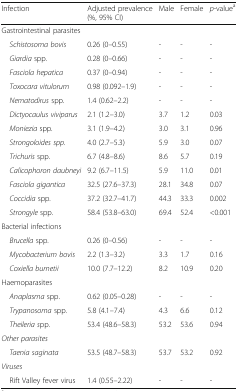
<table><thead><tr><td><b>Infection</b></td><td><b>Adjusted prevalence(%, 95% CI)</b></td><td><b>Male</b></td><td><b>Female</b></td><td><b><i>p</i>-value<sup>a</sup></b></td></tr></thead><tbody><tr><td colspan="5">Gastrointestinal parasites</td></tr><tr><td> <i>Schistosoma bovis</i></td><td>0.26 (0–0.55)</td><td>-</td><td>-</td><td>-</td></tr><tr><td> <i>Giardia</i> spp.</td><td>0.28 (0–0.66)</td><td>-</td><td>-</td><td>-</td></tr><tr><td> <i>Fasciola hepatica</i></td><td>0.37 (0–0.94)</td><td>-</td><td>-</td><td>-</td></tr><tr><td> <i>Toxocara vitulorum</i></td><td>0.98 (0.092–1.9)</td><td>-</td><td>-</td><td>-</td></tr><tr><td> <i>Nematodirus</i> spp.</td><td>1.4 (0.62–2.2)</td><td>-</td><td>-</td><td>-</td></tr><tr><td> <i>Dictyocaulus viviparus</i></td><td>2.1 (1.2–3.0)</td><td>3.7</td><td>1.2</td><td>0.03</td></tr><tr><td> <i>Moniezia</i> spp.</td><td>3.1 (1.9–4.2)</td><td>3.0</td><td>3.1</td><td>0.96</td></tr><tr><td> <i>Strongoloides spp.</i></td><td>4.0 (2.7–5.3)</td><td>5.9</td><td>3.0</td><td>0.07</td></tr><tr><td> <i>Trichuris</i> spp.</td><td>6.7 (4.8–8.6)</td><td>8.6</td><td>5.7</td><td>0.19</td></tr><tr><td> <i>Calicophoron daubneyi</i></td><td>9.2 (6.7–11.5)</td><td>5.9</td><td>11.0</td><td>0.01</td></tr><tr><td> <i>Fasciola gigantica</i></td><td>32.5 (27.6–37.3)</td><td>28.1</td><td>34.8</td><td>0.07</td></tr><tr><td> <i>Coccidia</i> spp.</td><td>37.2 (32.7–41.7)</td><td>44.3</td><td>33.3</td><td>0.002</td></tr><tr><td> <i>Strongyle</i> spp.</td><td>58.4 (53.8–63.0)</td><td>69.4</td><td>52.4</td><td>&lt;0.001</td></tr><tr><td colspan="5">Bacterial infections</td></tr><tr><td> <i>Brucella</i> spp.</td><td>0.26 (0–0.56)</td><td>-</td><td>-</td><td>-</td></tr><tr><td> <i>Mycobacterium bovis</i></td><td>2.2 (1.3–3.2)</td><td>3.3</td><td>1.7</td><td>0.16</td></tr><tr><td> <i>Coxiella burnetii</i></td><td>10.0 (7.7–12.2)</td><td>8.2</td><td>10.9</td><td>0.20</td></tr><tr><td colspan="5">Haemoparasites</td></tr><tr><td> <i>Anaplasma</i> spp.</td><td>0.62 (0.05–0.28)</td><td>-</td><td>-</td><td>-</td></tr><tr><td> <i>Trypanosoma</i> spp.</td><td>5.8 (4.1–7.4)</td><td>4.3</td><td>6.6</td><td>0.12</td></tr><tr><td> <i>Theileria s</i>pp.</td><td>53.4 (48.6–58.3)</td><td>53.2</td><td>53.6</td><td>0.94</td></tr><tr><td colspan="5"><i>Other parasites</i></td></tr><tr><td> <i>Taenia saginata</i></td><td>53.5 (48.7–58.3)</td><td>53.7</td><td>53.2</td><td>0.92</td></tr><tr><td colspan="5"><i>V</i><i>iruses</i></td></tr><tr><td> Rift Valley fever virus</td><td>1.4 (0.55–2.22)</td><td>-</td><td>-</td><td>-</td></tr></tbody></table>